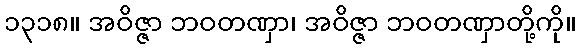
၁၃၁၈။ အဝိဇ္ဇာ ဘဝတဏှာ၊ အဝိဇ္ဇာ ဘဝတဏှာတို့ကို။